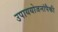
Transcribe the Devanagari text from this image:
उपाययोजनांपैकी